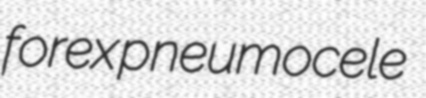
forex pneumocele